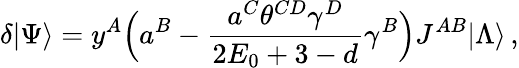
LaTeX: \delta|\Psi\rangle=y^{A}\Bigl(a^{B}-\frac{a^{C}\theta^{CD}\gamma^{D}}{2E_{0}+3-d}\gamma^{B}\Bigr)J^{AB}|\Lambda\rangle\, ,